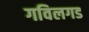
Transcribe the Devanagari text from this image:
गविलगड